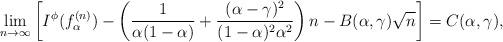
LaTeX: \begin{align*} \lim_{n \rightarrow \infty} \left[I^{\phi}(f_{\alpha}^{(n)})- \left(\frac{1}{\alpha(1-\alpha)} + \frac{(\alpha-\gamma)^2}{(1-\alpha)^2 \alpha^2} \right) n - B(\alpha, \gamma)\sqrt{n} \right] = C(\alpha,\gamma),\end{align*}